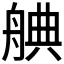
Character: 𮎒